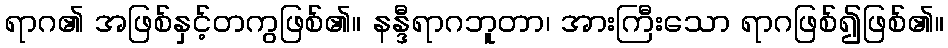
ရာဂ၏ အဖြစ်နှင့်တကွဖြစ်၏။ နန္ဒီရာဂဘူတာ၊ အားကြီးသော ရာဂဖြစ်၍ဖြစ်၏။